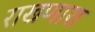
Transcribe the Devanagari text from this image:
राखणारा